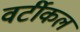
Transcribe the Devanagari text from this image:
वर्टीकल